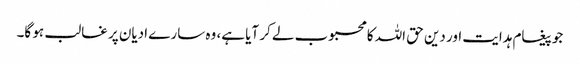
جو پیغام ہدایت اور دین حق اللہ کا محبوب لے کر آیا ہے، وہ سارے ادیان پر غالب ہو گا۔